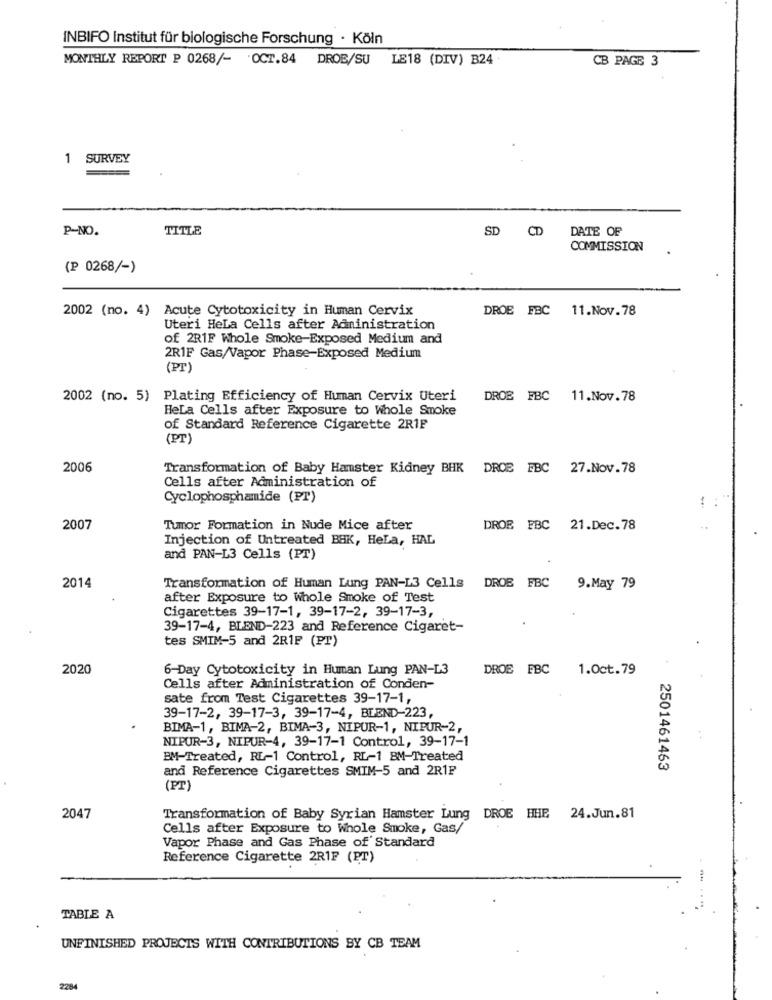
INBIFO Institut für biologische Forschung · Köln
MONTHLY REPORT P 0268/- OCT.84 DROB/SU LE18 (DIV) B24
CB PAGE 3
1 SURVEY
P-NO.
TITLE
SD CD
DATE OF
COMMISSION
(P 0268/-)
2002 (no. 4) Acute Cytotoxicity in Human Cervix
DROE FBC
11.Nov.78
Uteri Hela Cells after Administration
of 2R1F Whole Smoke-Exposed Medium and
2RIF Gas/Vapor Phase-Exposed Medium
(PT)
2002 (no. 5) Plating Efficiency of Human Cervix Uteri
DROB FBC 11.Nov.78
Hela Cells after Exposure to Whole Smoke
of Standard Reference Cigarette 2R1F
(PT)
2006
Transformation of Baby Hamster Kidney BHK DROE FBC 27.Nov.78
Cells after Administration of
Cyclophosphamide (PT)
2007
Tumor Formation in Nude Mice after
DROB FBC 21.Dec.78
Injection of Untreated BAK, HeLa, HAL
and PAN-L3 Cells (PT)
2014
Transformation of Human Lung PAN-L3 Cells
DROB FBC
9.May 79
after Exposure to Whole Smoke of Test
Cigarettes 39-17-1, 39-17-2, 39-17-3,
39-17-4, BLEND-223 and Reference Cigaret-
tes SMIM-5 and 2R1F (PT)
2020
6-Day Cytotoxicity in Human Lung PAN-L3
DROE FBC
1.0ct.79
Cells after Administration of Conden-
sate from Test Cigarettes 39-17-1,
39-17-2, 39-17-3, 39-17-4, BLEND-223,
BIMA-1, BIMA-2, BIMA-3, NIPUR-1, NIPUR-2,
NIPUR-3, NIPUR-4, 39-17-1 Control, 39-17-1
BM-Treated, RL-1 Control, RL-1 BM-Treated
and Reference Cigarettes SMIM-5 and 2R1F
2501461463
(PT)
2047
Transformation of Baby Syrian Hamster Lung DROE HHE 24.Jun.81
Cells after Exposure to Whole Smoke, Gas/
Vapor Phase and Gas Phase of' Standard
Reference Cigarette 2RIF (PT)
TABLE A
UNFINISHED PROJECTS WITH CONTRIBUTIONS BY CB TEAM
2294